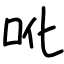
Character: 吪